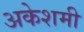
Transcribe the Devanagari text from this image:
अकेशमी